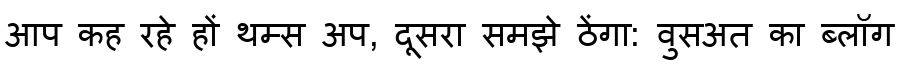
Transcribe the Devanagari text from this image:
आप कह रहे हों थम्स अप, दूसरा समझे ठेंगा: वुसअत का ब्लॉग